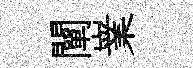
闡嶪